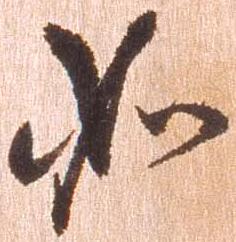
如